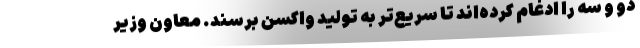
دو و سه را ادغام کرده‌اند تا سریع‌تر به تولید واکسن برسند. معاون وزیر